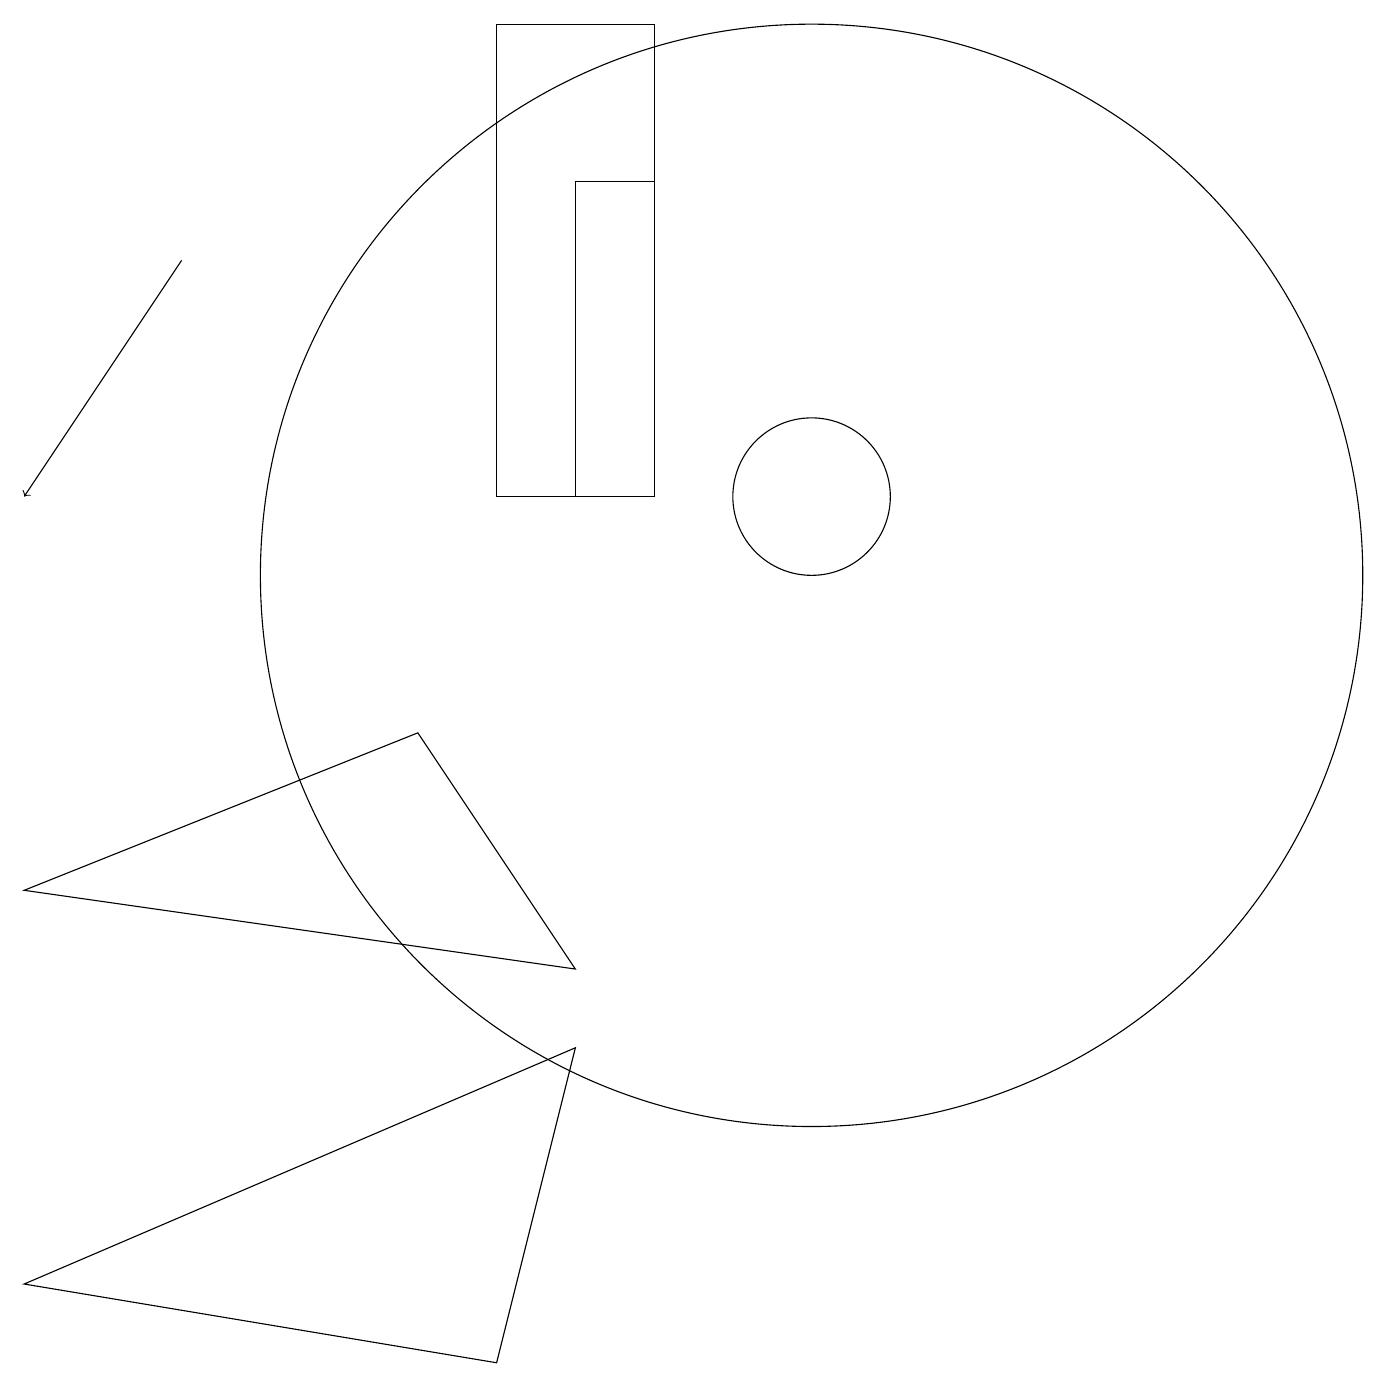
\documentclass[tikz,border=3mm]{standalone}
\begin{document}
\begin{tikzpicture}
\draw (10,12) circle (1);
\draw (8,18) rectangle (6,12);
\draw[->] (2,15) -- (0,12);
\draw (8,12) rectangle (7,16);
\draw (10,11) circle (7);
\draw (7,5) -- (6,1) -- (0,2) -- cycle;
\draw (5,9) -- (7,6) -- (0,7) -- cycle;
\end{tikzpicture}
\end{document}